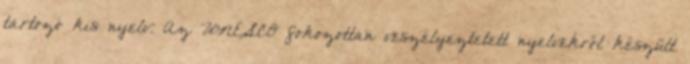
tartozó kis nyelv. Az UNESCO fokozottan veszélyeztetett nyelvekről készült